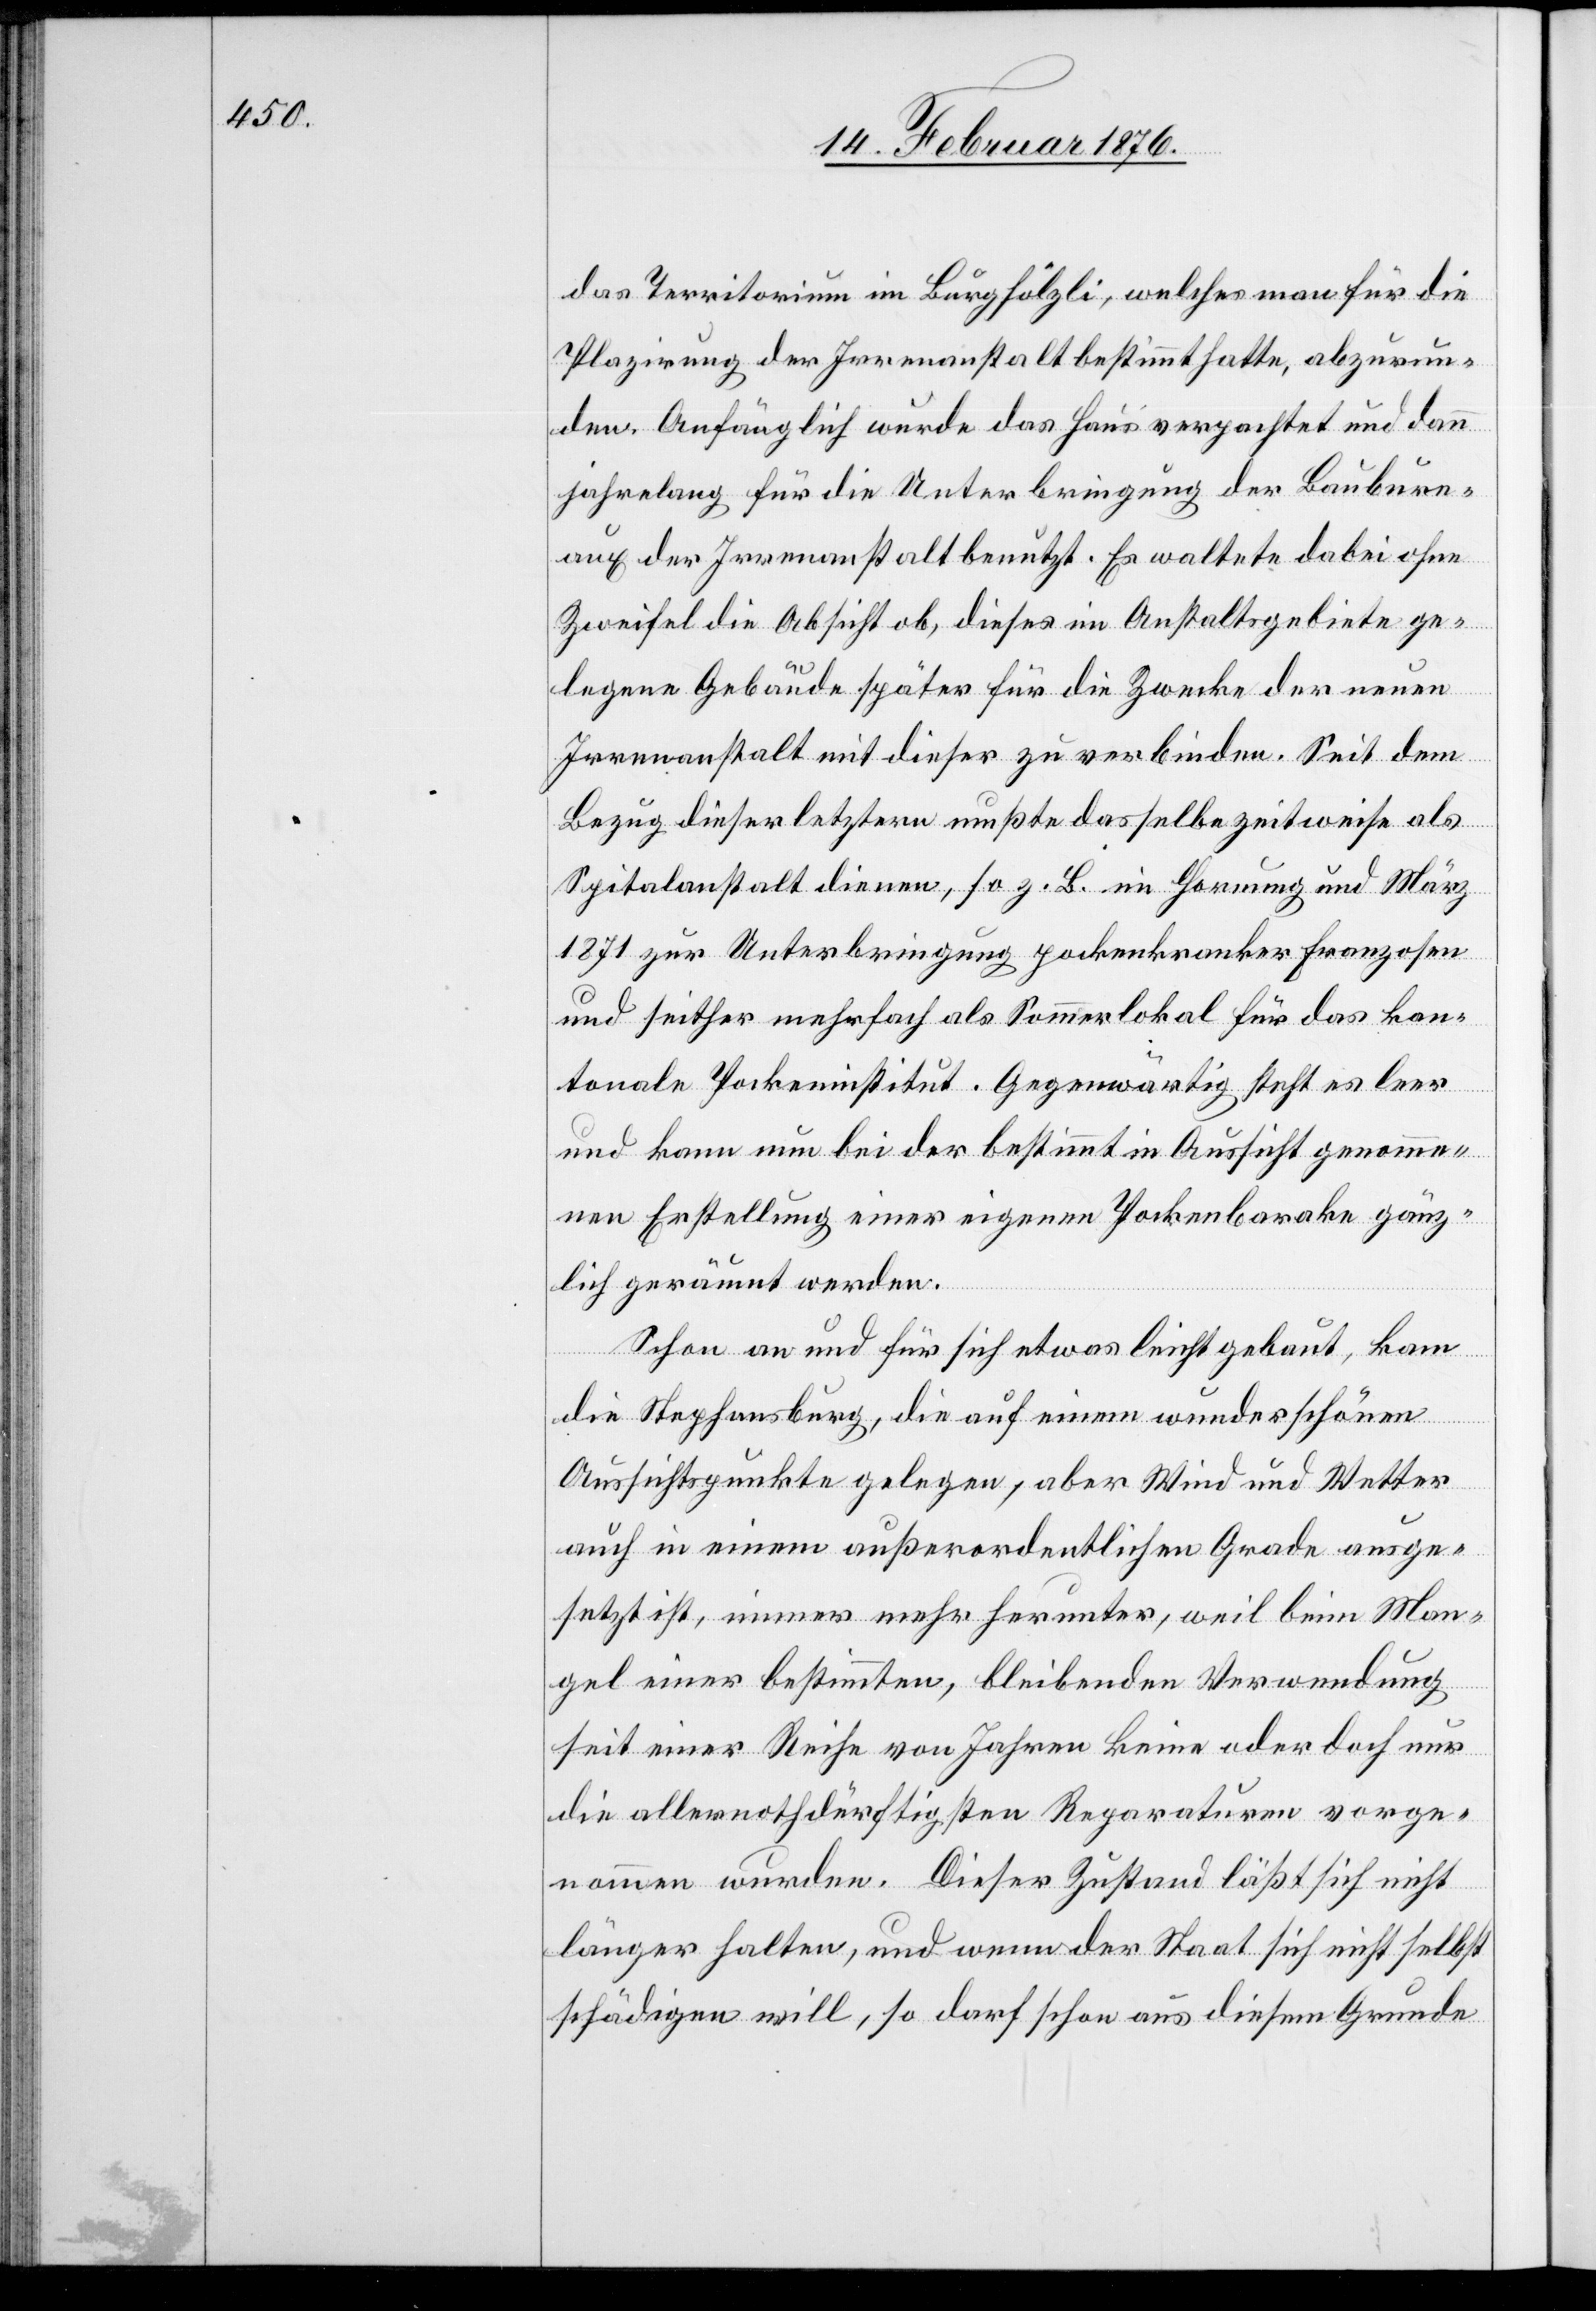
das Territorium im Burghölzli, welches man für die
Plazierung der Irrenanstalt bestimmt hatte, abzurun¬
den. Anfänglich wurde das Haus verpachtet und dann
jahrelang für die Unterbringung der Baubure¬
aux der Irrenanstalt benutzt. Es waltete dabei ohne
Zweifel die Absicht ob, dieses im Anstaltsgebiete ge¬
legene Gebäude später für die Zwecke der neuen
Irrenanstalt mit dieser zu verbinden. Seit dem
Bezug dieser letztern mußte dasselbe zeitweise als
Spitalanstalt dienen, so z. B. im Hornung und März
1871 zur Unterbringung pockenkranker Franzosen
und seither mehrfach als Sommerlokal für das kan¬
tonale Pockeninstitut. Gegenwärtig steht es leer
und kann nun bei der bestimmt in Aussicht genomme¬
nen Erstellung einer eigenen Pockenbarake gänz¬
lich geräumt werden.
Schon an und für sich etwas leicht gebaut, kam
die Stephansburg, die auf einen wunderschönen
Aussichtspunkte gelegen, aber Wind und Wetter
auch in einem außerordentlichen Grade ausge¬
setzt ist, immer mehr herunter, weil beim Man¬
gel einer bestimmten, bleibenden Verwendung
seit einer Reihe von Jahren keine oder doch nur
die allernothdürftigsten Reparaturen ver¬
nommen wurden. Dieser Zustand läßt sich nicht
länger halten, und wenn der Staat sich nicht selbst
schädigen will, so darf schon aus diesem Grunde